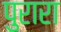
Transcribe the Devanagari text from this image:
पुरारा